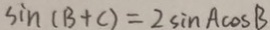
\sin ( B + C ) = 2 \sin A \cos B